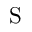
\mathrm { S }